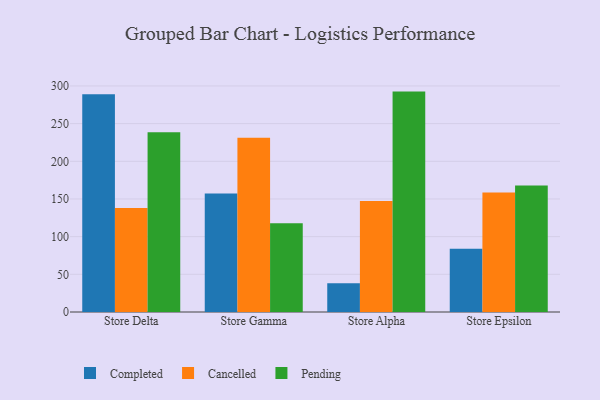
{"axis": {"x": "Store", "y": "Bounce Rate (%)"}, "legend": ["Cancelled", "Completed", "Pending"], "data": [{"x": "Store Delta", "y": 289.0, "type": "Completed"}, {"x": "Store Delta", "y": 138.1, "type": "Cancelled"}, {"x": "Store Delta", "y": 238.7, "type": "Pending"}, {"x": "Store Gamma", "y": 157.4, "type": "Completed"}, {"x": "Store Gamma", "y": 231.4, "type": "Cancelled"}, {"x": "Store Gamma", "y": 117.7, "type": "Pending"}, {"x": "Store Alpha", "y": 38.2, "type": "Completed"}, {"x": "Store Alpha", "y": 147.2, "type": "Cancelled"}, {"x": "Store Alpha", "y": 292.5, "type": "Pending"}, {"x": "Store Epsilon", "y": 83.8, "type": "Completed"}, {"x": "Store Epsilon", "y": 158.5, "type": "Cancelled"}, {"x": "Store Epsilon", "y": 167.8, "type": "Pending"}]}